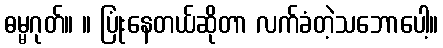
ဓမ္မဂုတ်။ ။ ပြုံးနေတယ်ဆိုတာ လက်ခံတဲ့သဘောပေါ့။